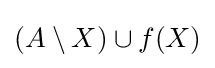
(A\setminus X)\cup f(X)